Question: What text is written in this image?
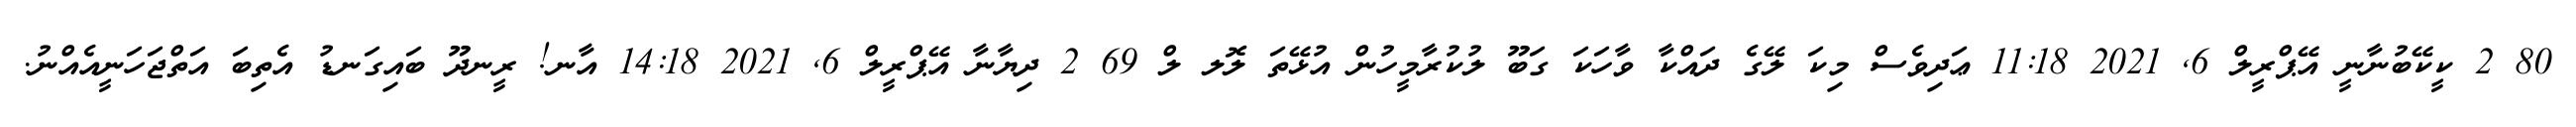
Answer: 80 2 ކީކޭބުނާނީ އޭޕްރީލް 6, 2021 11:18 ޢަދިވެސް މިކަ ލޭގެ ދައްކާ ވާހަކަ ގަބޫ ލުކުރާމީހުން އުޅޭތަ ލޮލ ލް 69 2 ދިޔާނާ އޭޕްރީލް 6, 2021 14:18 އާނ! ރީނދޫ ބައިގަނޑު އެތިބަ އަތްޖަހަނީއެއްނު.